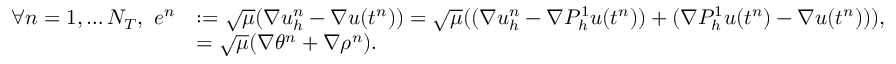
\begin{array} { r l } { \forall n = 1 , \dots N _ { T } , \ e ^ { n } } & { : = \sqrt { \mu } ( \nabla u _ { h } ^ { n } - \nabla u ( t ^ { n } ) ) = \sqrt { \mu } ( ( \nabla u _ { h } ^ { n } - \nabla P _ { h } ^ { 1 } u ( t ^ { n } ) ) + ( \nabla P _ { h } ^ { 1 } u ( t ^ { n } ) - \nabla u ( t ^ { n } ) ) ) , } \\ & { = \sqrt { \mu } ( \nabla \theta ^ { n } + \nabla \rho ^ { n } ) . } \end{array}